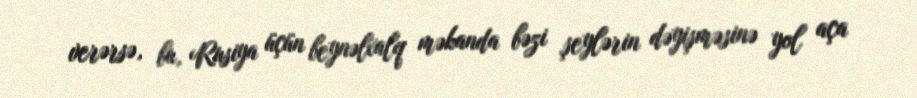
verərsə, bu, Rusiya üçün beynəlxalq məkanda bəzi şeylərin dəyişməsinə yol aça